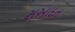
સઆદત